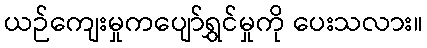
ယဉ်ကျေးမှုကပျော်ရွှင်မှုကို ပေးသလား။